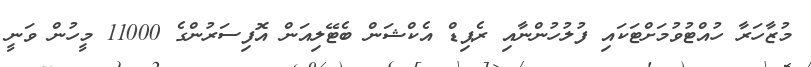
މުޒާހަރާ ހުއްޓުވުމަށްޓަކައި ފުލުހުންނާއި ރެޕިޑް އެކްޝަން ބެޓޭލިއަން އޮފިސަރުންގެ 11000 މީހުން ވަނީ